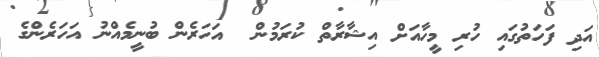
އަދި ފަހަތުގައި ހުރި މީހާއަށް އިޝާރާތް ކުރަމުން  އަހަރެން ބުނީމެއްނު އަހަރެންގެ